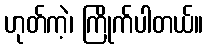
ဟုတ်ကဲ့၊ ကြိုက်ပါတယ်။